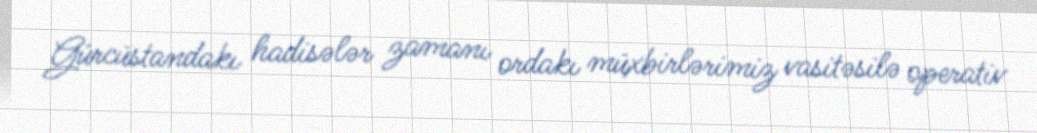
Gürcüstandakı hadisələr zamanı ordakı müxbirlərimiz vasitəsilə operativ